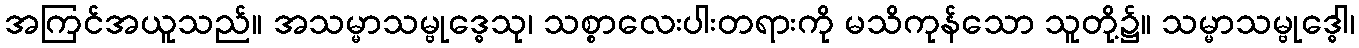
အကြင်အယူသည်။ အသမ္မာသမ္ဗုဒ္ဓေသု၊ သစ္စာလေးပါးတရားကို မသိကုန်သော သူတို့၌။ သမ္မာသမ္ဗုဒ္ဓေါ၊